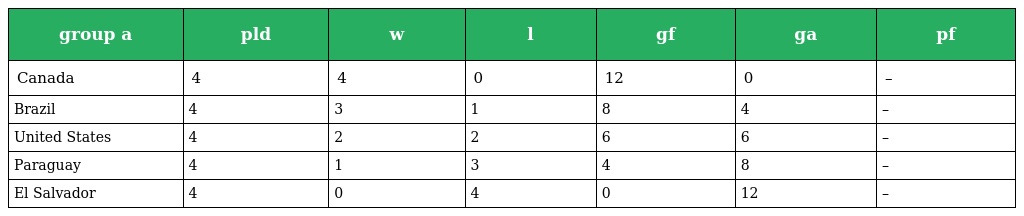
| group a | pld | w | l | gf | ga | pf |
 | --- | --- | --- | --- | --- | --- | --- |
 | Canada | 4 | 4 | 0 | 12 | 0 | – |
 | Brazil | 4 | 3 | 1 | 8 | 4 | – |
 | United States | 4 | 2 | 2 | 6 | 6 | – |
 | Paraguay | 4 | 1 | 3 | 4 | 8 | – |
 | El Salvador | 4 | 0 | 4 | 0 | 12 | – |